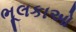
ભૂલકાઓ